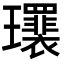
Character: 𤫛